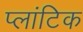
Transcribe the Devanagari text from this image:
प्लांटिक